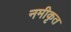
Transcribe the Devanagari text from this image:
नमीकृत